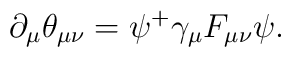
\partial _\mu \theta _{\mu \nu }=\psi ^{+}\gamma _\mu F_{\mu \nu }\psi .